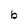
Character: b